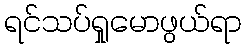
ရင်သပ်ရှုမောဖွယ်ရာ